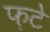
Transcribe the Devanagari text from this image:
फ़टे